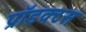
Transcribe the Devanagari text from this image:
प्रॉडक्टस